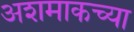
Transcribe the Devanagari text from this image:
अशमाकच्या